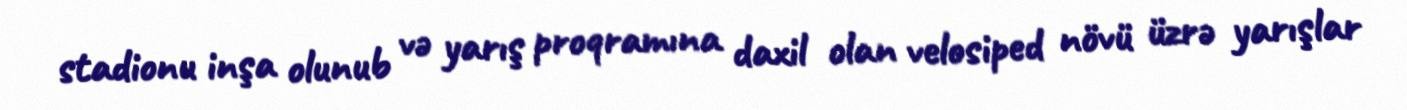
stadionu inşa olunub və yarış proqramına daxil olan velosiped növü üzrə yarışlar